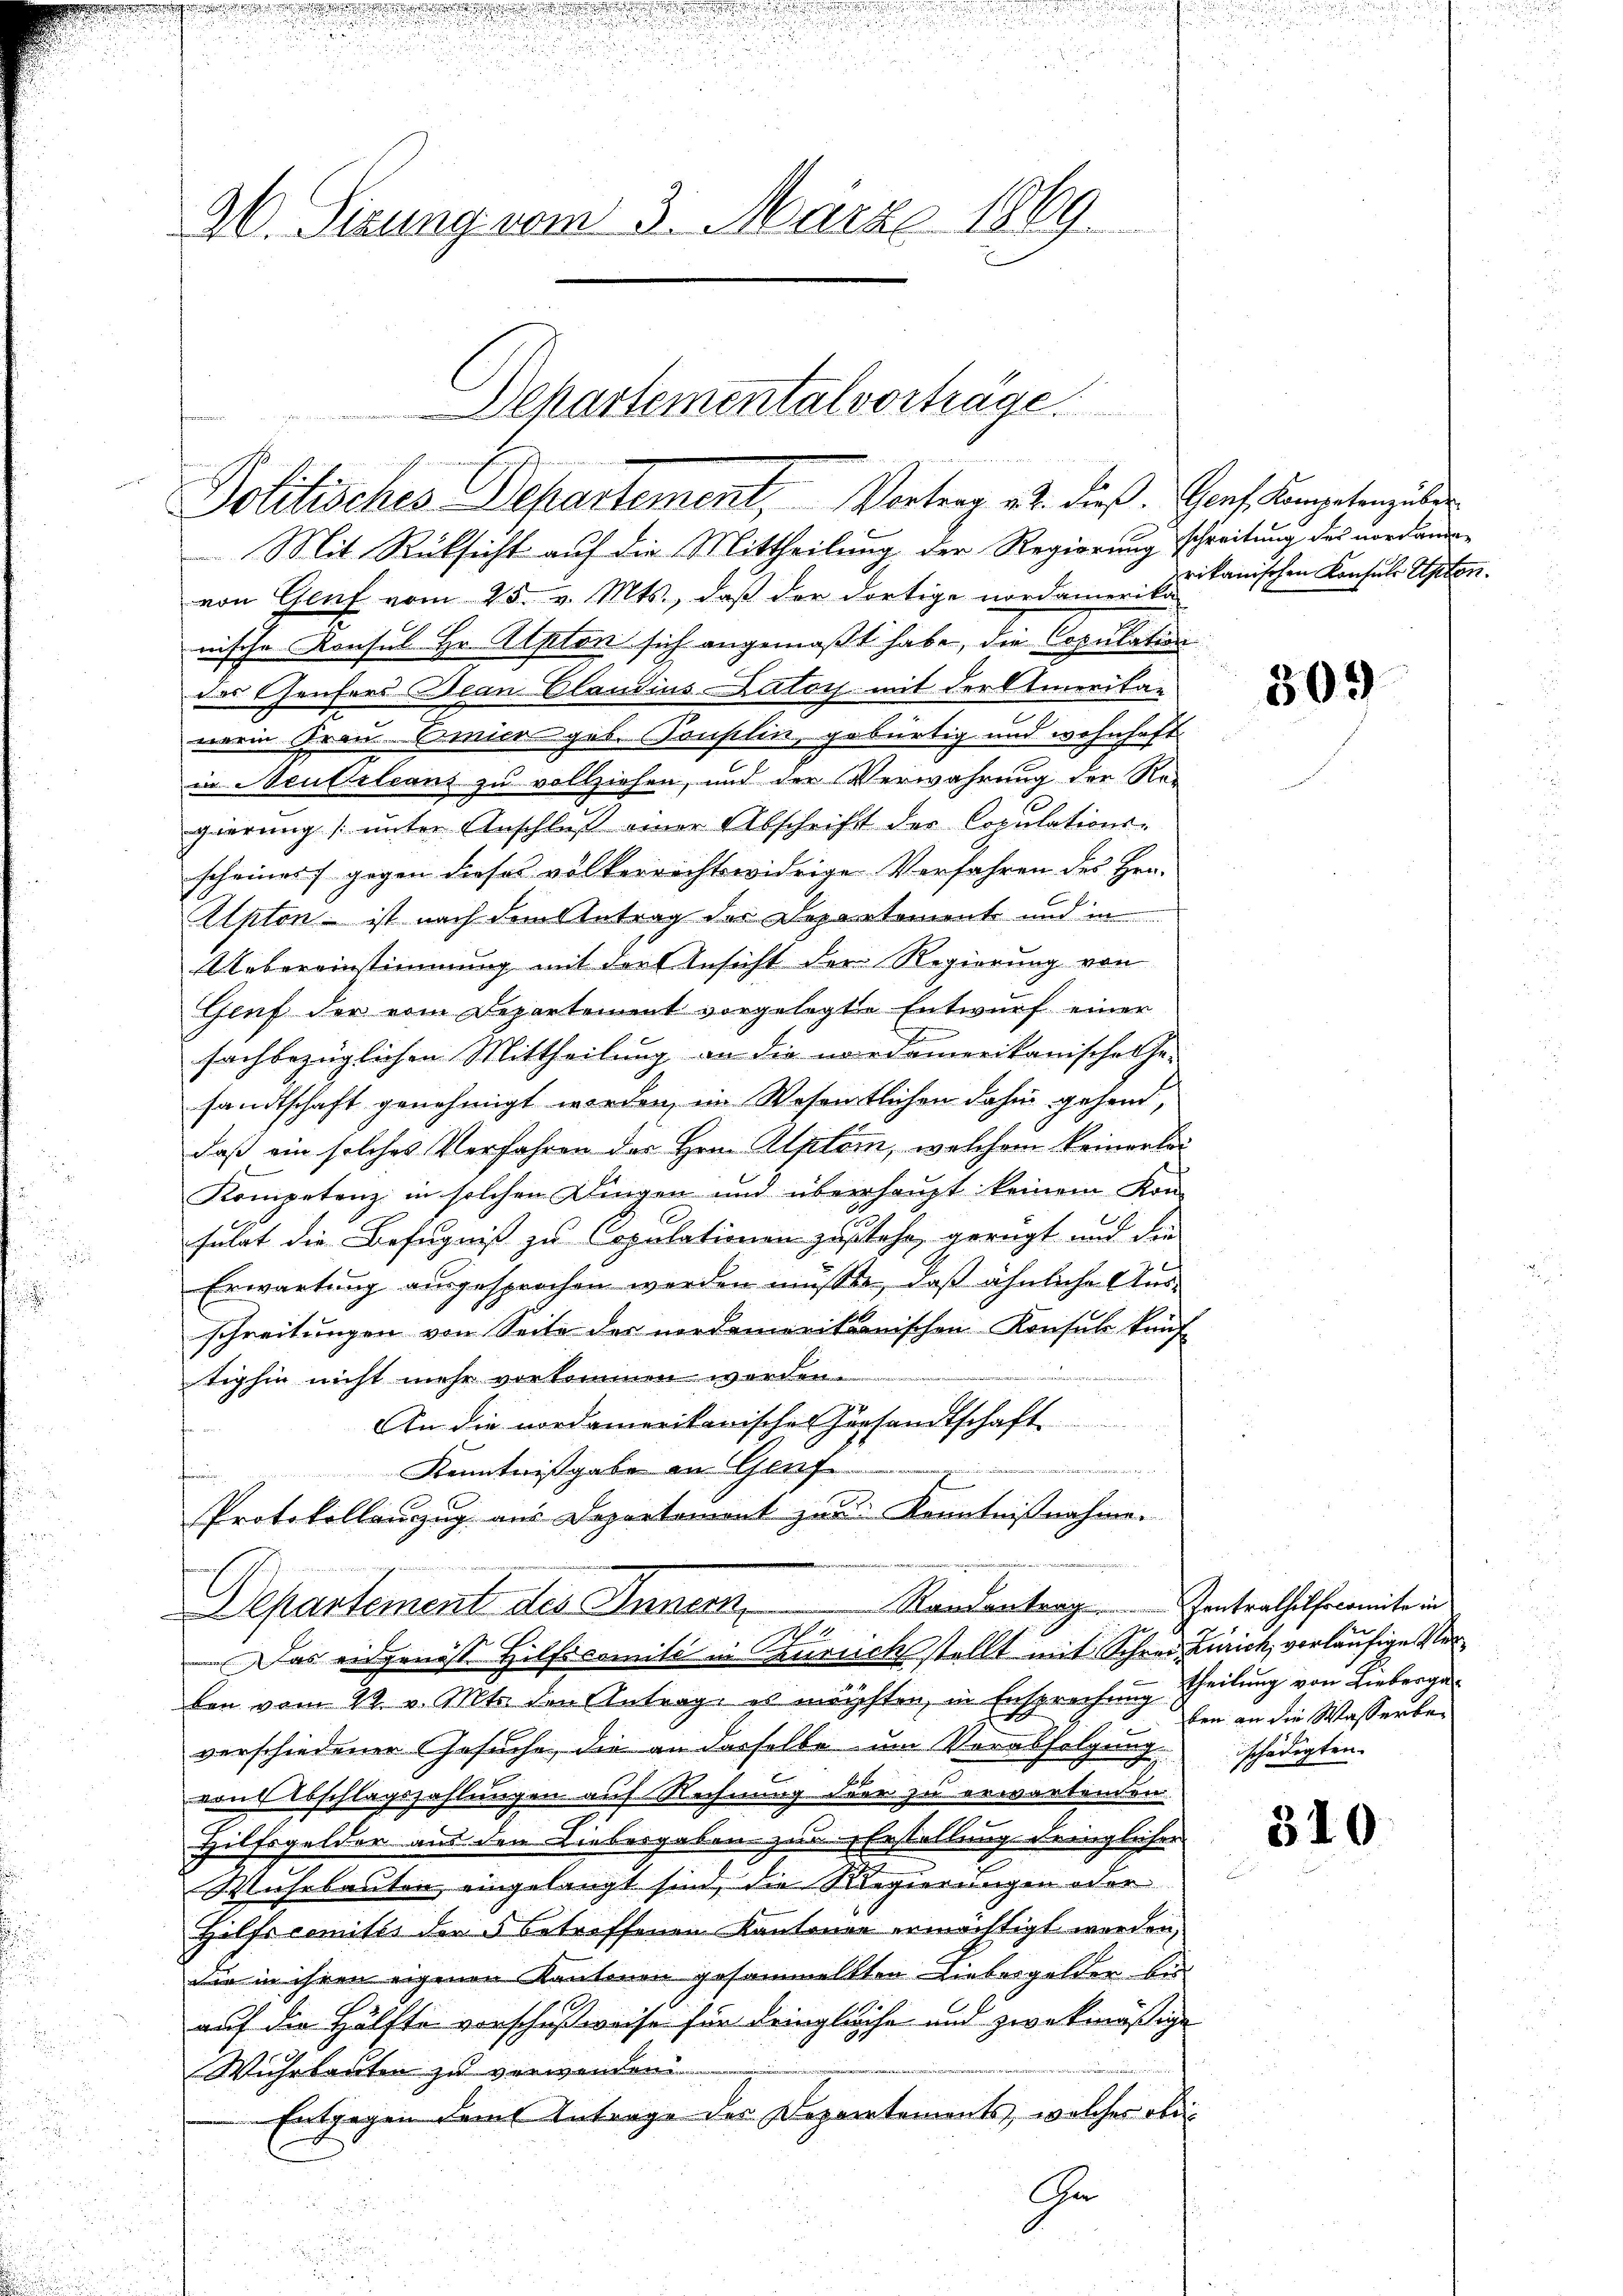
26. Sizung vom 3. März 1869.

Departemental vorträge.
Politisches Departement, Vortrag v. 2. dieß. Genf Kompeten übe

Mit Rücksicht auf die Mittheilung der Regierung schreitung des vordände
von Genf vom 25. v. Mts., daß der dortige nordamerika-
wische Konsul Hr Alpton sich angemaßt habe, die Copulation
des Chaufers Jean Claudius Dator mit derstmerika-
nerin Kran-Amica geb. Sonslin, gebürtig und wohnhaft
in Neustelcanz zu vollziehen, und der Verwahrung der Rei
s
gerŭng ŭnter Anschlŭβ einer Abschrift der Copulations-
scheines gegen dieses völkerrichtswidrige Verfahren des Hrn.
f
Apton ist nach dem Antrag der Departement und in
Uebereinstimmung mit der Ansicht der Regierung von
Genf der vom Departement vorgelegte Entwurf einer
sachbezüglichen Mittheilung an die nordamerikanischen Ge-
sandtschaft genehmigt werden, im Wesentlichen dahin gehend,
daß ein solches Verfahren des Hrn. Alptom, welchem keinerlei
Kompetenz in solchen Dingen und überhaupt keinem Kon-
führt die Befugniß zu Copulationen zustehe, gerügt und die
Erwartung ausgesprochen werden müßte, daß ähnliche Aus-
schreitungen von Seite der nordamerikanischen Konsul künf-
tighin nicht mehr vorkommen worden.
An die nordamerikarischen Hörsandtschaft

Kenntnißgabe an Genf
Protokollenzug aus Departement zur Kenntnißnahme.
Randantrag .   Zentrathilfocomite in
Departement des Innern
2
Das eidgenoss Hilfscomité in Zurückstellt mit Schrei Zürich, vorläufige Verlen vom 29. v. Mts. den Antrag es möchten, in Ersprechung Theilung von Liebergeverschiedener Gesuche, die an dasselbe um Vorabfolgung schädigten
von Abschlagszahlungen auf Rechnung der zu erwartenden
Hilfsgelder aus den Liebesgaben zur Erstellung dringlicher
Muhrbauten eingelangt sind, die Regierungen oder
Hilfscomités den 5 betreffenen Kantonen ermächtigt werden,
die in ihren eigenen Kantonen gesammelten Liebergelder bis
auf die Hälfte vorschußweise für dringliche und zwekmäßige
Wuhrleuten zu verwenden
Entgegen dem Antrage des Departements, welches obe

Ge

rikanischen Konsuls Upten.

509

ben an die Wasserbe¬

310